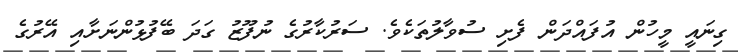
ގިނައީ މީހުން އުފައްދަން ފެށި ސުވާލުތަކެވެ. ސަރުކާރުގެ ނުފޫޒު ގަދަ ބޭފުޅުންނަށާއި އޭރުގެ